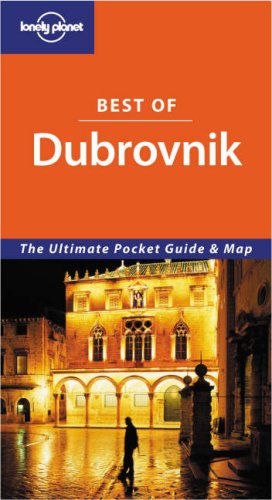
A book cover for Lonely Planet Best of Dubrovnik; Jeanne Oliver; Travel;